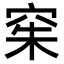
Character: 𫁍